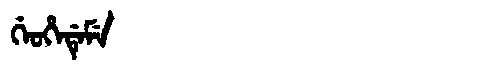
Manchu: ᡤᡝᠣᡥᡝᡩᡝᠮᡝ
Romanization: GEOHEDEME